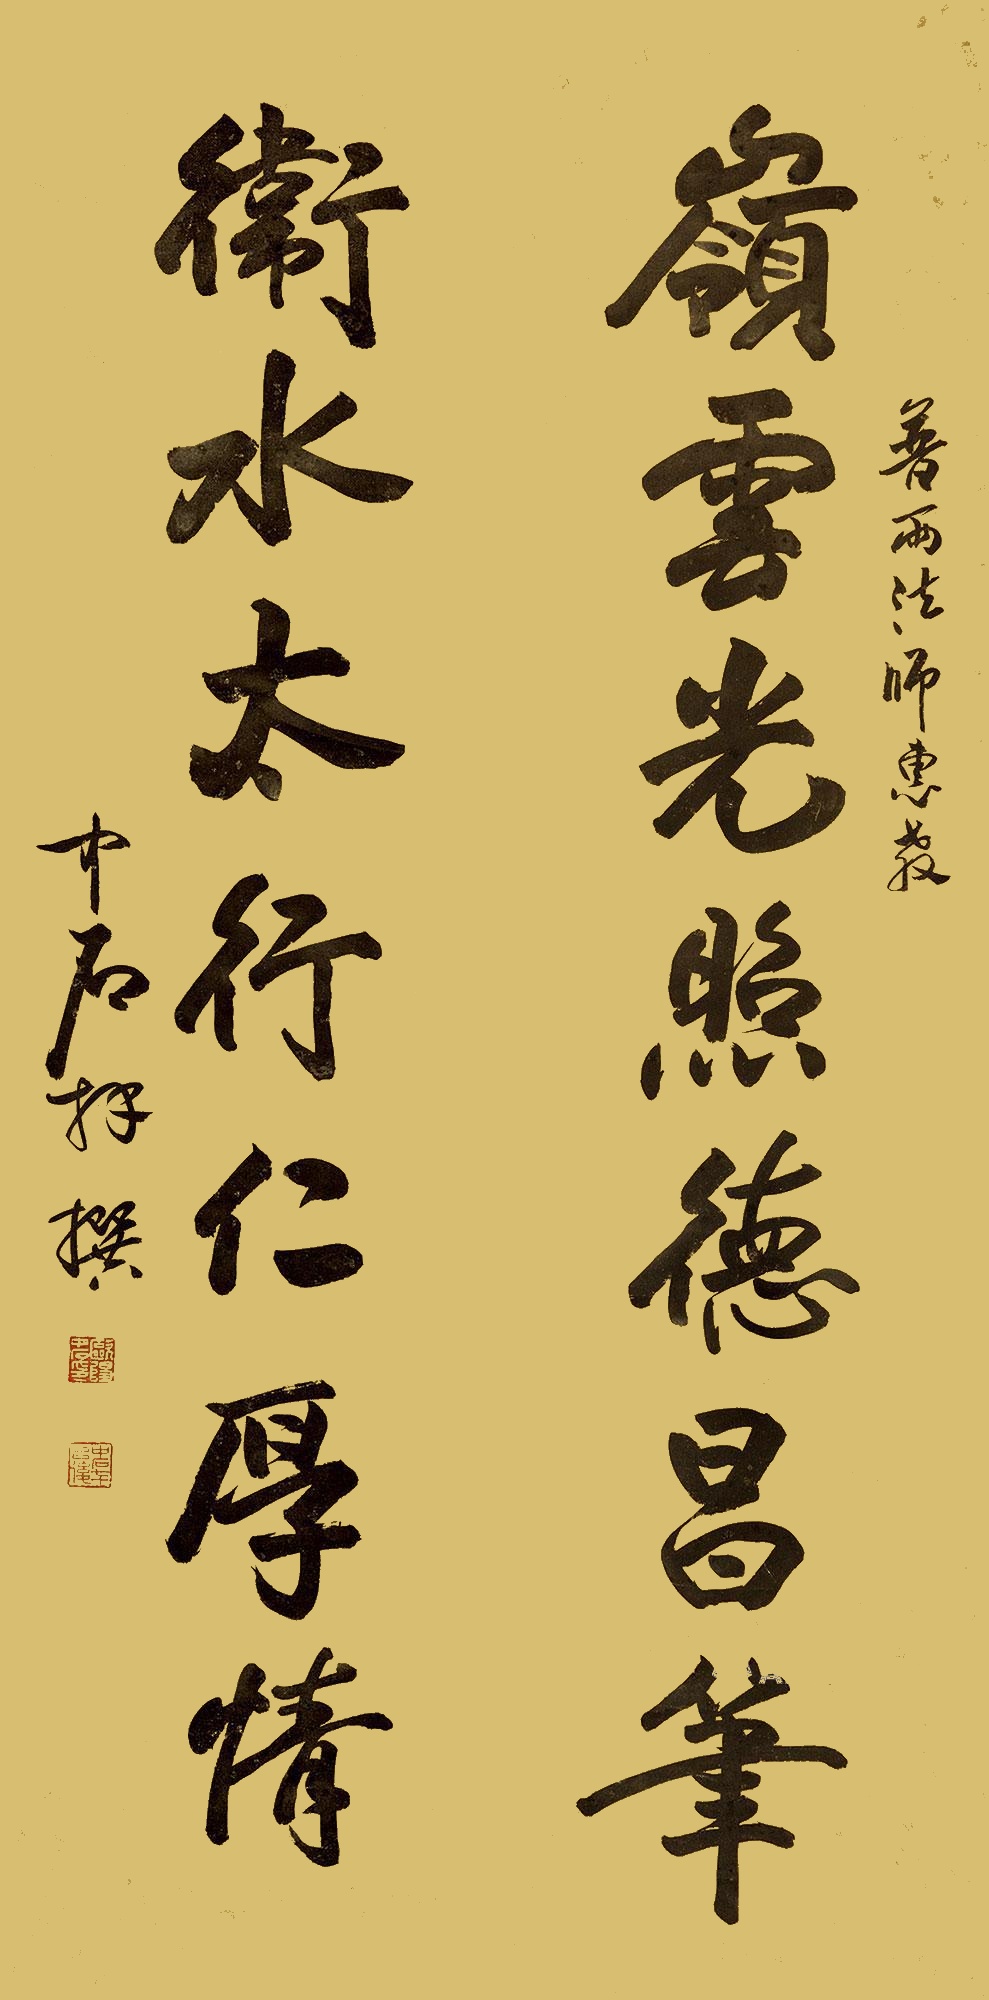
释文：岭云光照德昌笔，卫水太行仁厚情。普雨法师恵教，中石拜撰。